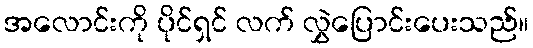
အလောင်းကို ပိုင်ရှင် လက် လွှဲပြောင်းပေးသည်။